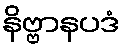
နိဗ္ဗာနပဒံ